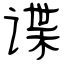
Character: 谍